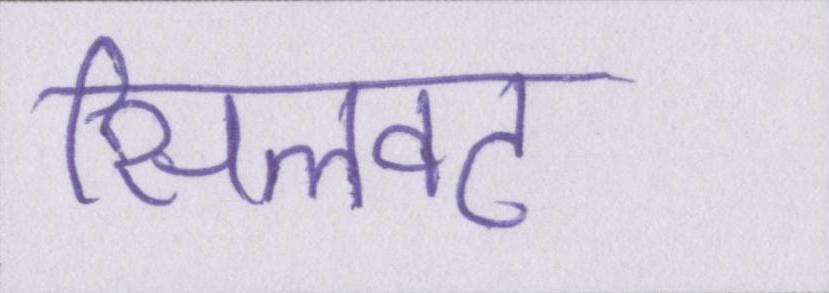
सिलवट